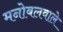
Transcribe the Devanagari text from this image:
मनोबलवाले